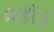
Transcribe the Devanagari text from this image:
इन्डीज़